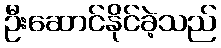
ဦးဆောင်နိုင်ခဲ့သည်